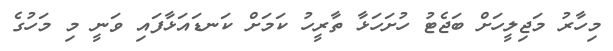
މިހާރު މަޖިލީހަށް ބަޖެޓު ހުށަހަޅާ ތާރީހު ކަމަށް ކަނޑައަޅާފައި ވަނީ މި މަހުގެ